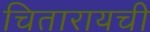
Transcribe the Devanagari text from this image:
चितारायची